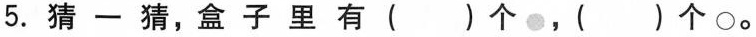
5.猜一猜，盒子里有( )个，( )个○。